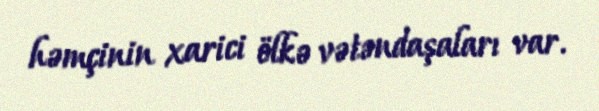
həmçinin xarici ölkə vətəndaşaları var.